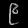
Digit: ၉